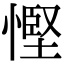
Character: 慳